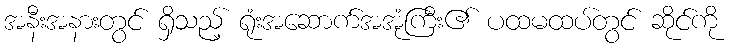
အနီးအနားတွင် ရှိသည့် ရုံးအဆောက်အအုံကြီး၏ ပထမထပ်တွင် ဆိုင်ကို